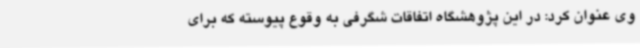
وی عنوان کرد: در این پژوهشگاه اتفاقات شگرفی به وقوع پیوسته که برای